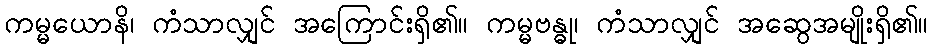
ကမ္မယောနိ၊ ကံသာလျှင် အကြောင်းရှိ၏။ ကမ္မဗန္ဓု၊ ကံသာလျှင် အဆွေအမျိုးရှိ၏။